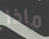
ماذا